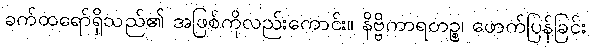
ခက်ထရော်ရှိသည်၏ အဖြစ်ကိုလည်းကောင်း။ နိဗ္ဗိကာရတဉ္စ၊ ဖောက်ပြန်ခြင်း